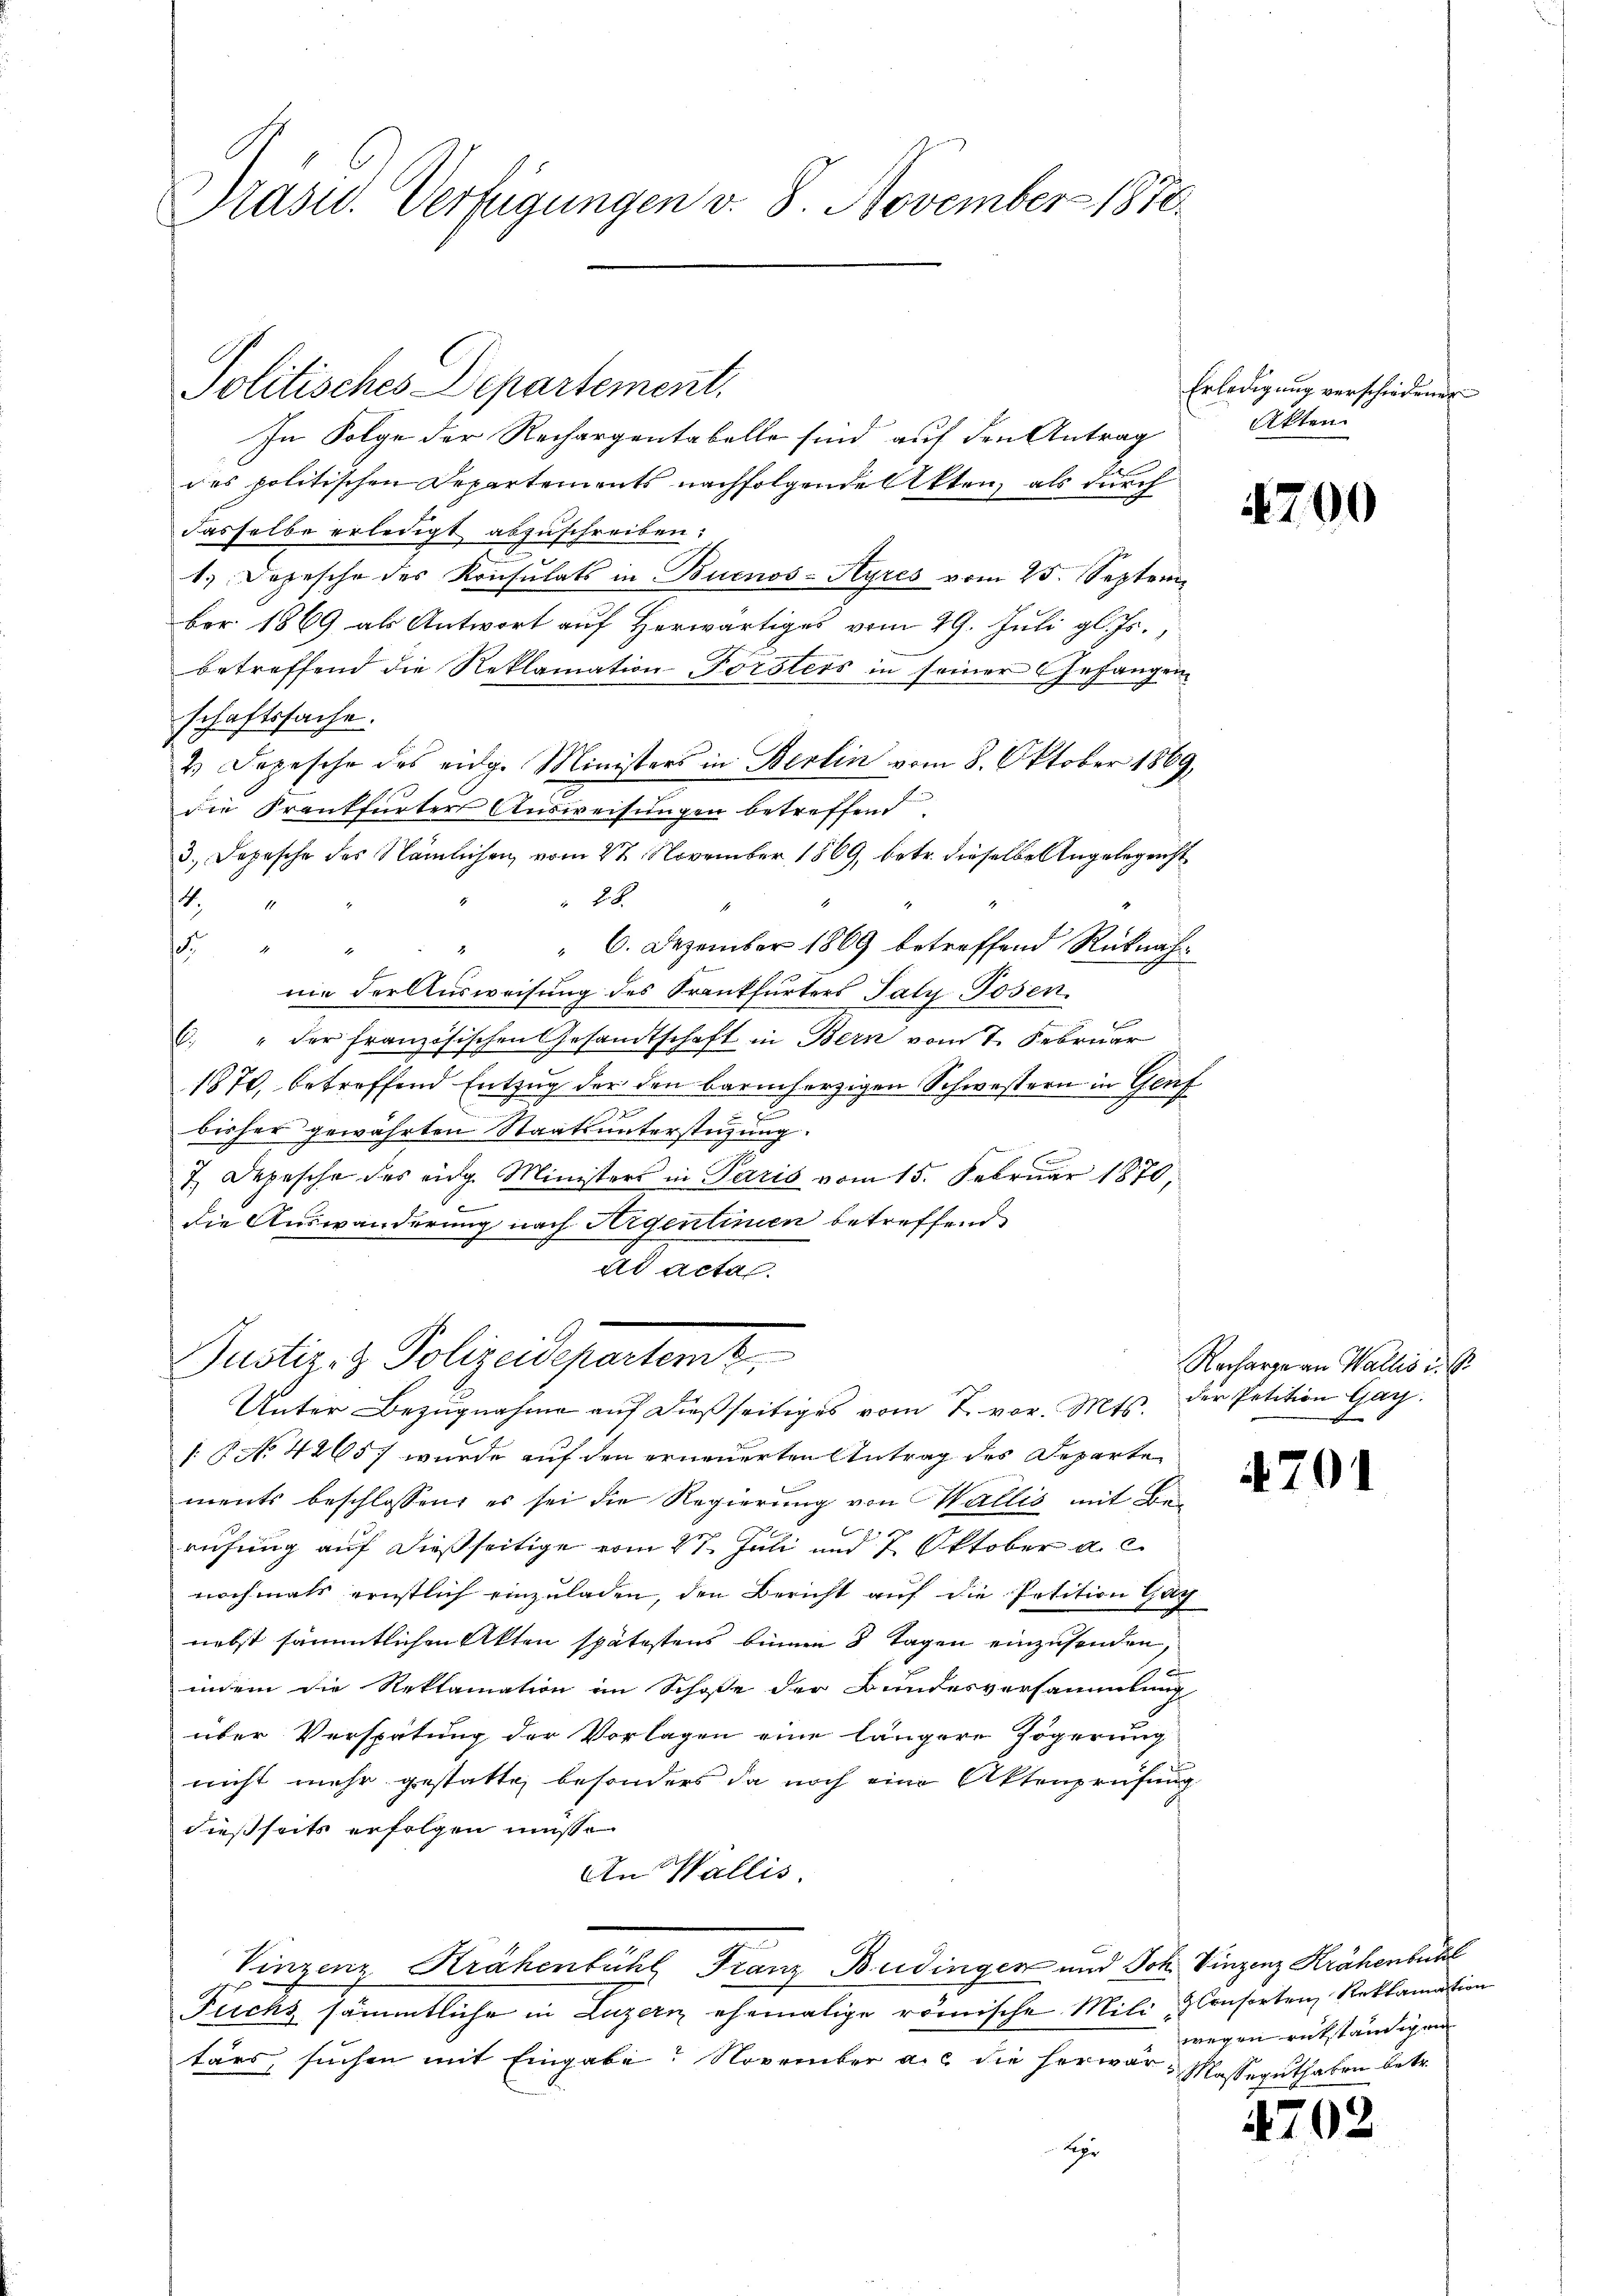
Präsid. Verfügungen v. 8. November 1870.

Politisches Departement.

In Folge der Rechargentabelle sind auf den Antrag
des politischen Departements nachfolgende Akten, als durch
dasselbe erledigt abzuschreiben:
1. Depesche des Konsulats in Buenos-Ayres vom 25. Septem
ber 1869 als Antwort auf Herwärtiges vom 29. Juli gl. Js.
betreffend die Reklamation Försters in seiner Gefangen
schaftssache.
2 Depesche des eidge Ministers in Berlin vom 8. Oktober 1869,
die Krankfurters Ausweisungen betreffend.
3. Depesche des Nämlichen, vom 27. November 1869, betr. dieselbe Angelegenst
18
14
" " 6. Dezember 1869 betreffend Rücknah
"
nie der Ausweisung des Frankfurters Saly Posen.
C. " der französischen Gesandtschaft in Bern vom 7. Februar
1870, betreffend Entzug der den barmherzigen Schwestern in Gruf
Fe
bisher gewährten Staatsunterstüzung.
7. Depesche des eidg. Ministers in Paris vom 15. Februar 1870,
die Auswanderung nach Aigentinien betreffend
ad acta.
Justiz- & Polizeidepartamt,
Unter Bezugnahme auf dießseitiges vom 7. vor. Mts. der Petition Gay
[§ No. 4265) wurde auf den erneuerten Antrag des Departe
ments beschlossen, es sei die Regierung von Wallis mit Be¬
6
rufung auf dießseitige vom 27. Juli und 7. Oktober a. c.
nochmals ernstlich einzuladen, den Bericht auf die Petition Gag
nebst sämmtlichen Akten spätestens binnen 8 Tagen einzusenden,
c
indem die Reklamation im Schoße der Bundesversammlung
über Verspätung der Vorlagen eine längere Zögerung
nicht mehr gestatte, besonders da noch eine Aktenprüfung
dießseits erfolgen müsse
An Wallis.
Vinzenz Krähenbühl Franz Budingen und Joh. Vinzenz Krähenbühl
Fuchs sämmtliche in Luzern ehemalige römische Mili- & Consorten Reklamation
tärs suchen mit Eingabe. November a.c. die herwar- Masseguthaben betr.
pr

Erledigung verschiedener
Akten.

4700

Recharge an Wallis u. s

701

wegen rükständigen

4702